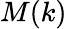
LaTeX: M(k)